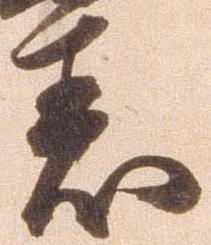
着